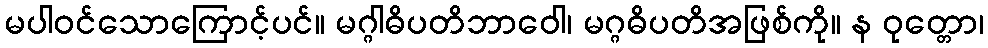
မပါဝင်သောကြောင့်ပင်။ မဂ္ဂါဓိပတိဘာဝေါ၊ မဂ္ဂဓိပတိအဖြစ်ကို။ န ဝုတ္တော၊